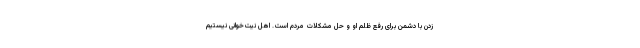
زدن با دشمن برای رفع ظلم او و حل مشکلات مردم است. اهل نیت‌خوانی نیستیم